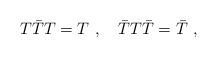
LaTeX: \begin{align*}T\bar{T}T=T\,\,,\quad \bar{T}T\bar{T}=\bar{T}\,\,,\end{align*}